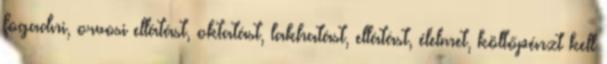
fogadni, orvosi ellátást, oktatást, lakhatást, ellátást, élelmet, költőpénzt kell